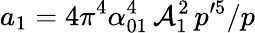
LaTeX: a_{1}=4\pi^{4}\alpha_{01}^{4}\, {\cal A}_{1}^{2}\, p^{\prime 5}/p